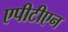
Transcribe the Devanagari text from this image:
एपीटीएन